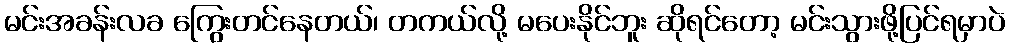
မင်းအခန်းလခ ကြွေးတင်နေတယ်၊ တကယ်လို့ မပေးနိုင်ဘူး ဆိုရင်တော့ မင်းသွားဖို့ပြင်ရမှာပဲ